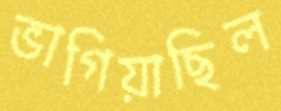
ভাগিয়াছিল